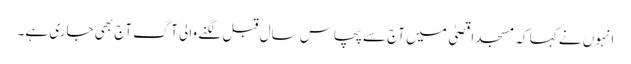
انہوں نے کہا کہ مسجد اقصیٰ میں آج سے پچاس سال قبل لگنے والی آگ آج بھی جاری ہے۔